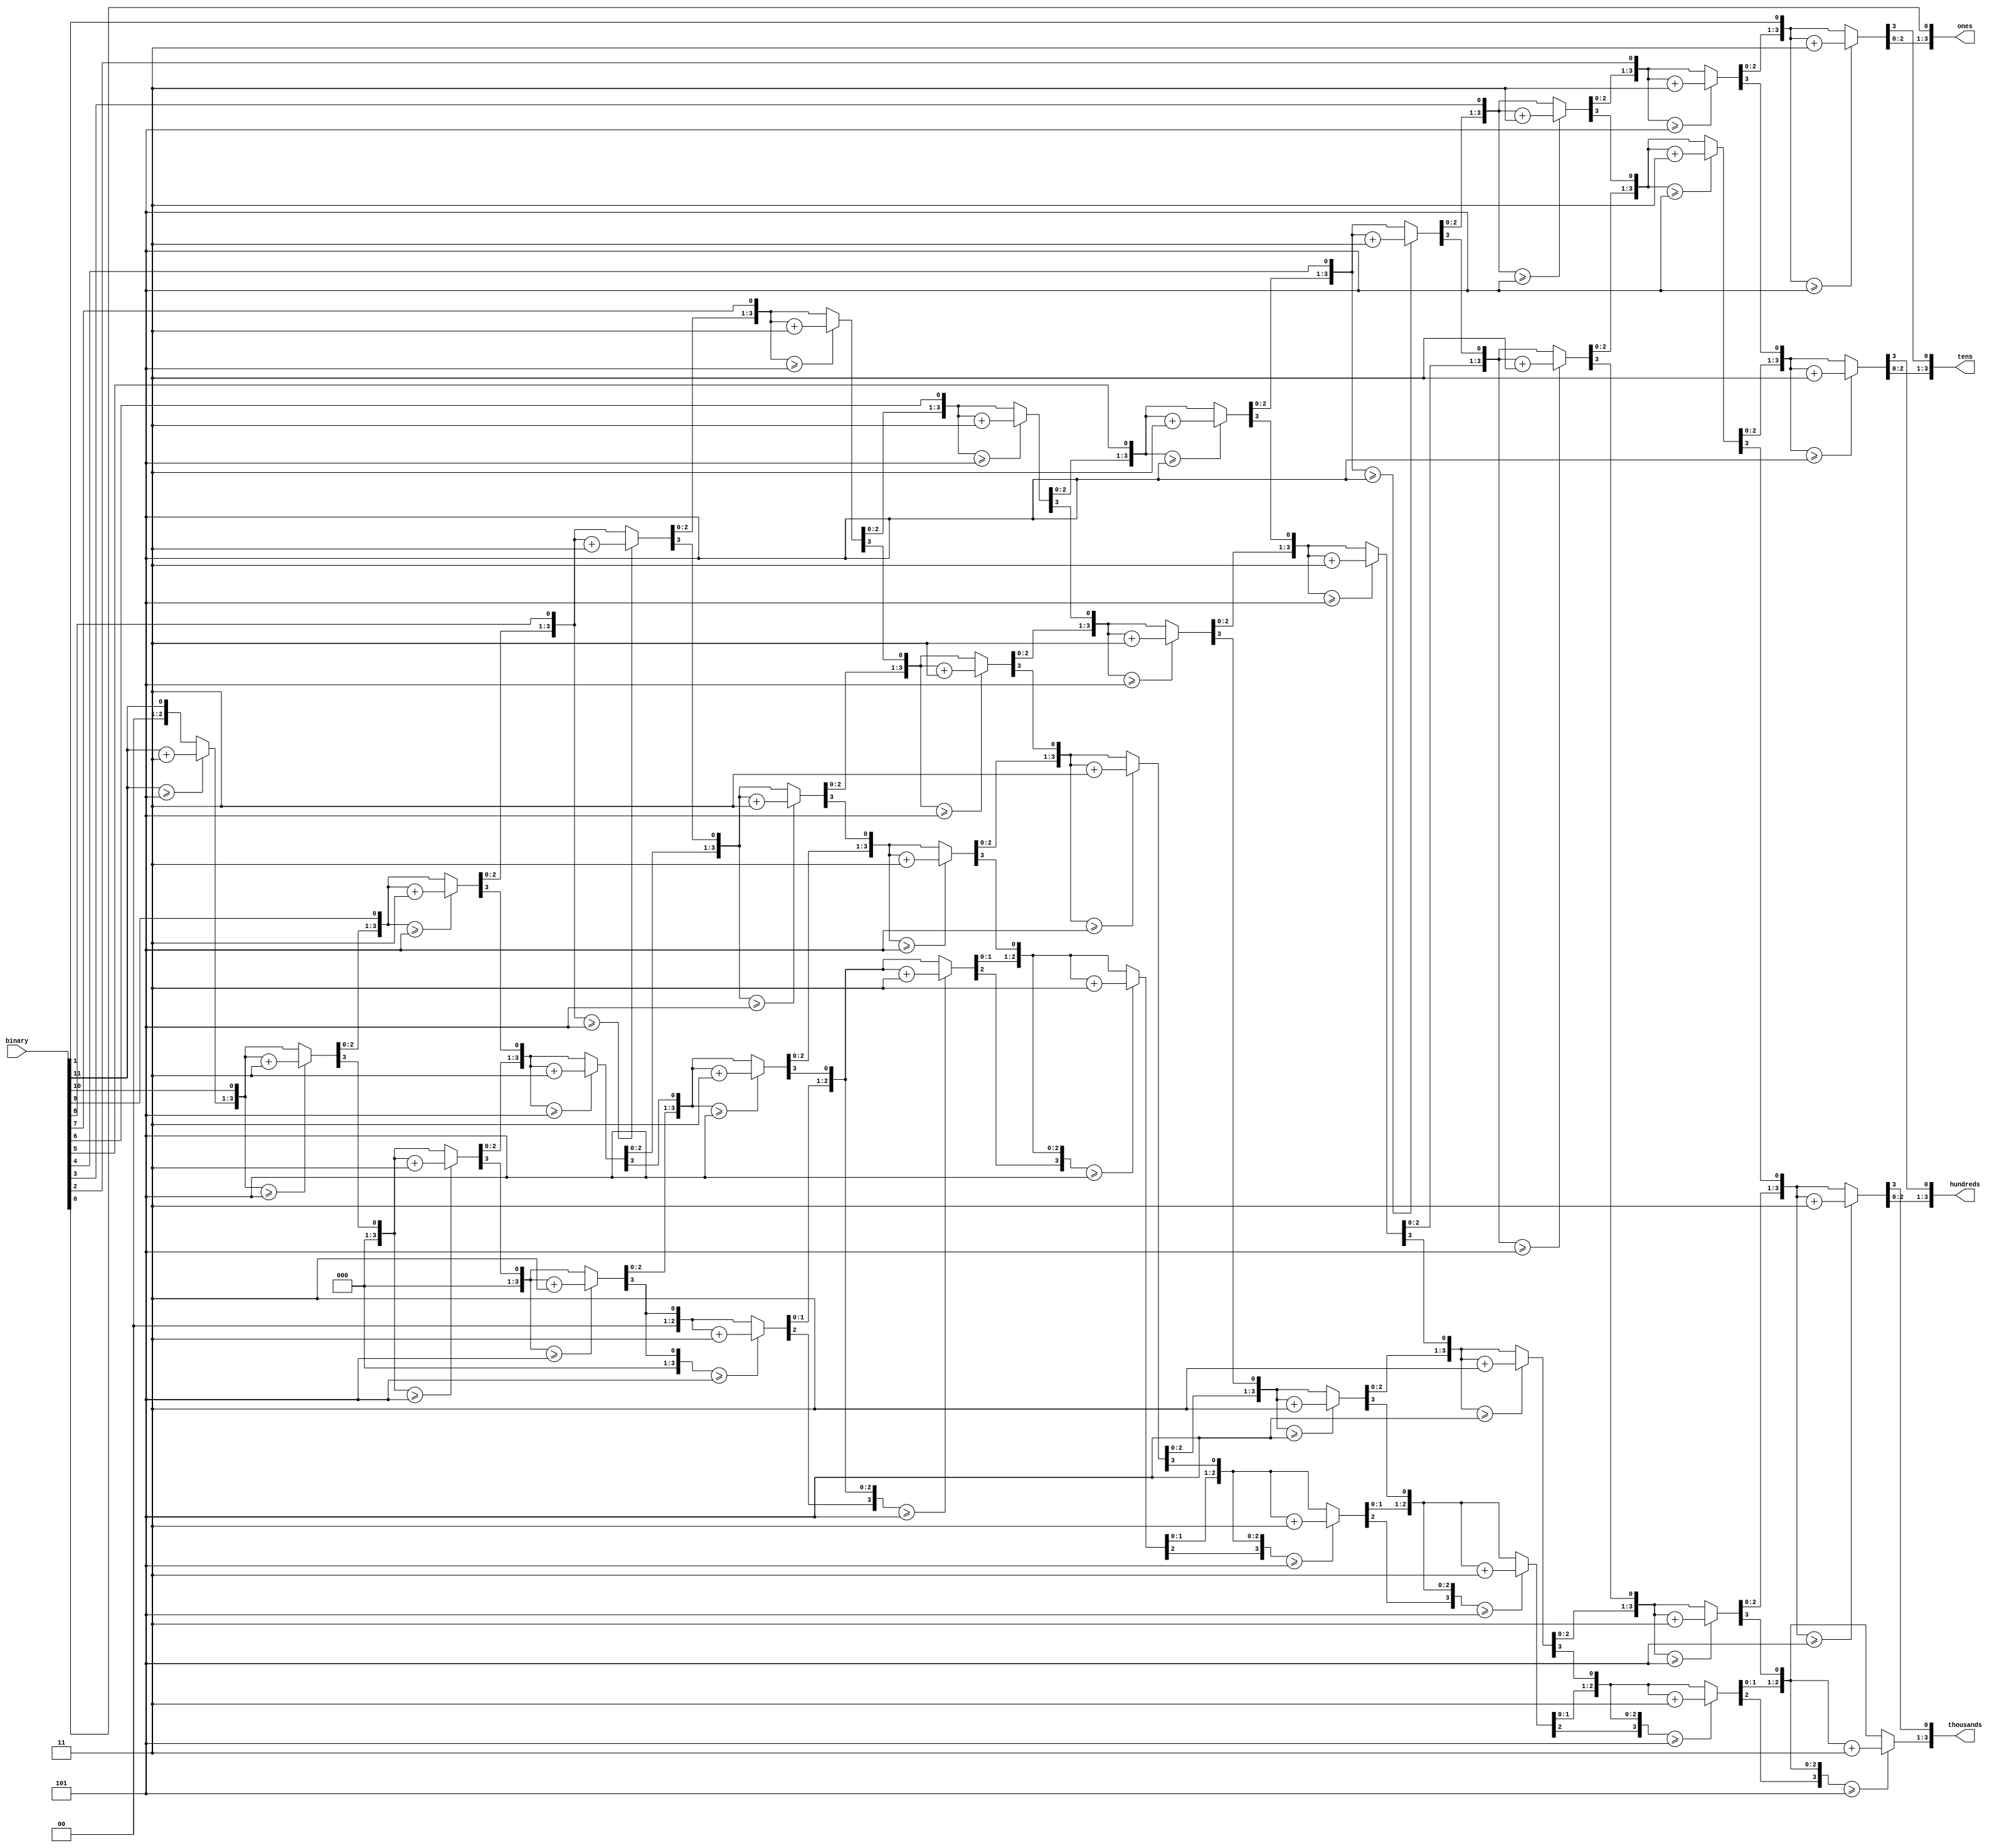
module bin_bcd(binary, thousands, hundreds, tens, ones);
     // I/O Signal Definitions
     input  [11:0] binary;
     output reg [3:0] thousands;
     output reg [3:0] hundreds;
     output reg [3:0] tens;
     output reg [3:0] ones;


     // Internal variable for storing bits
     reg [27:0] shift;
     integer i;

     always @(binary)
     begin
          thousands = 4'b0;
          hundreds = 4'b0;
          tens = 4'b0;
          ones = 4'b0;
          // Clear previous number and store new number in shift register
          shift = 0;
          shift[11:0] = binary;

          // Loop eight times
          for (i = 0; i < 12; i = i + 1)
          begin
               if (shift[15:12] >= 5)
                    shift[15:12] = shift[15:12] + 3;

               if (shift[19:16] >= 5)
                    shift[19:16] = shift[19:16] + 3;

               if (shift[23:20] >= 5)
                    shift[23:20] = shift[23:20] + 3;

               if (shift[27:24] >= 5)
                    shift[27:24] = shift[27:24] + 3;

               // Shift entire register left once
               shift = shift << 1;
          end

          // Push decimal numbers to output
          thousands = shift[27:24];
          hundreds  = shift[23:20];
          tens      = shift[19:16];
          ones      = shift[15:12];

     end

endmodule